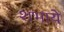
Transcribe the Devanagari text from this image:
शभाये